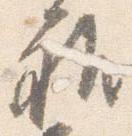
雅